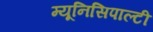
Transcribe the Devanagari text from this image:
म्यूनिसिपाल्टी